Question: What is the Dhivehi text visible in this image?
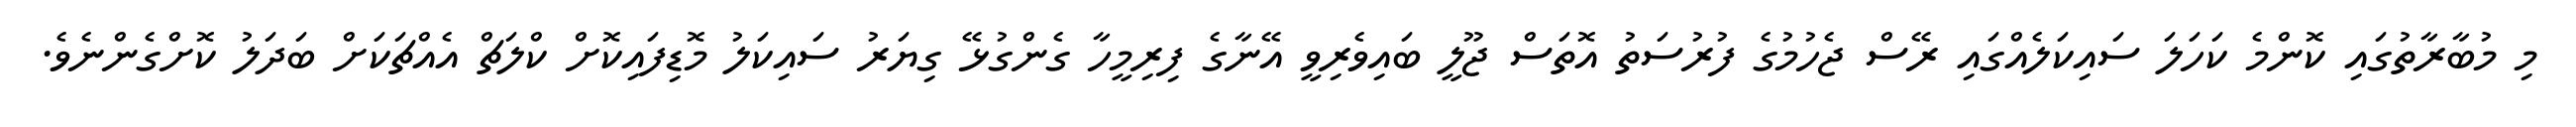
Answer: މި މުބާރާތުގައި ކޮންމެ ކަހަލަ ސައިކަލެއްގައި ރޭސް ޖެހުމުގެ ފުރުސަތު އޮތަސް ޖޫލީ ބައިވެރިވީ އޭނާގެ ފިރިމީހާ ގެންގުޅޭ ގިޔަރު ސައިކަލު މޮޑިފައިކޮށް ކްލަޗް އެއްޗަކަށް ބަދަލު ކޮށްގެންނެވެ.